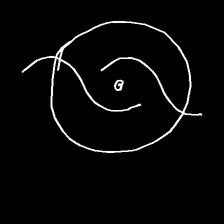
Glyph: repetition